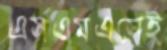
এসএমএসেই